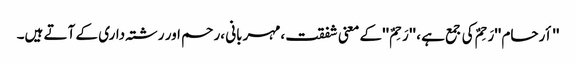
'' أرحام ''رَحِمٌ کی جمع ہے ، '' رَحِمٌ ''کے معنی شفقت ،مہربانی ،رحم اور رشتہ داری کے آتے ہیں۔